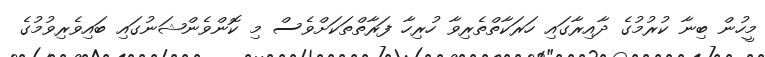
މީހުން ބިނާ ކުރުމުގެ ދާއިރާގައި ހަރަކާތްތެރިވާ ހުރިހާ ފަރާތްތަކަށްވެސް މި ކޮންވެންޝަނުގައި ބައިވެރިވުމުގެ